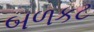
બળકટ